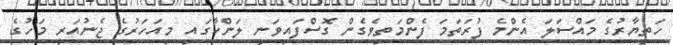
ހަތިޔާރުގެ މައްސަލަ އެންމެ ފުރަތަމަ ފެންމަތިވެގެން ގޮސްފައިވަނީ ލަންކާގައި މިއަހަރުގެ ޖެނުއަރީ މަހުގެ